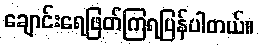
ချောင်းရေဖြတ်ကြရပြန်ပါတယ်။